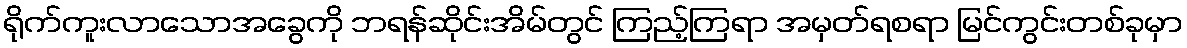
ရိုက်ကူးလာသောအခွေကို ဘရန်ဆိုင်းအိမ်တွင် ကြည့်ကြရာ အမှတ်ရစရာ မြင်ကွင်းတစ်ခုမှာ